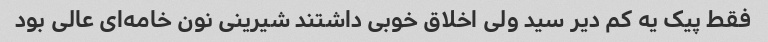
فقط پیک یه کم دیر سید ولی اخلاق خوبی داشتند شیرینی نون خامه‌ای عالی بود